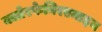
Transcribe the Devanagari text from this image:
क्लोरफेनिरएमाइन